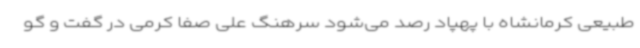
طبیعی کرمانشاه با پهپاد رصد می‌شود سرهنگ علی صفا کرمی در گفت و گو